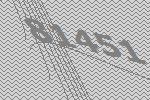
81451